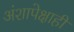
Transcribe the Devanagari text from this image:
अंशापेक्षाही